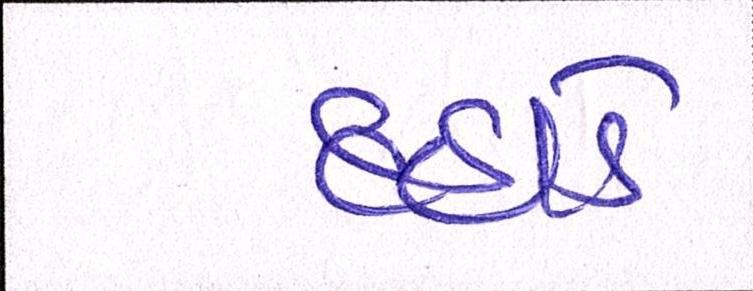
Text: દહાડે